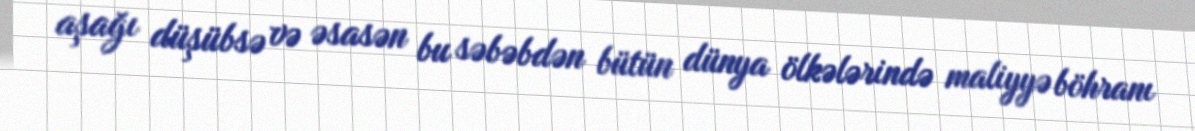
aşağı düşübsə və əsasən bu səbəbdən bütün dünya ölkələrində maliyyə böhranı